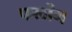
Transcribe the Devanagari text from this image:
फर्लोंग